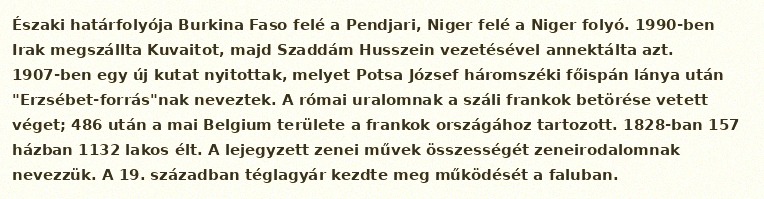
Északi határfolyója Burkina Faso felé a Pendjari, Niger felé a Niger folyó. 1990-ben Irak megszállta Kuvaitot, majd Szaddám Husszein vezetésével annektálta azt. 1907-ben egy új kutat nyitottak, melyet Potsa József háromszéki főispán lánya után "Erzsébet-forrás"nak neveztek. A római uralomnak a száli frankok betörése vetett véget; 486 után a mai Belgium területe a frankok országához tartozott. 1828-ban 157 házban 1132 lakos élt. A lejegyzett zenei művek összességét zeneirodalomnak nevezzük. A 19. században téglagyár kezdte meg működését a faluban.